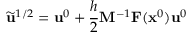
\widetilde \mathbf { u } ^ { 1 / 2 } = \mathbf { u } ^ { 0 } + \frac { h } { 2 } \mathbf { M } ^ { - 1 } \mathbf { F } ( \mathbf { x } ^ { 0 } ) \mathbf { u } ^ { 0 }